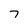
Character: 7